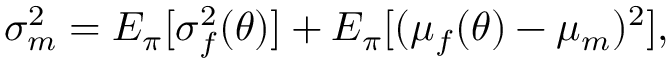
\sigma _ { m } ^ { 2 } = E _ { \pi } [ \sigma _ { f } ^ { 2 } ( \theta ) ] + E _ { \pi } [ ( \mu _ { f } ( \theta ) - \mu _ { m } ) ^ { 2 } ] ,